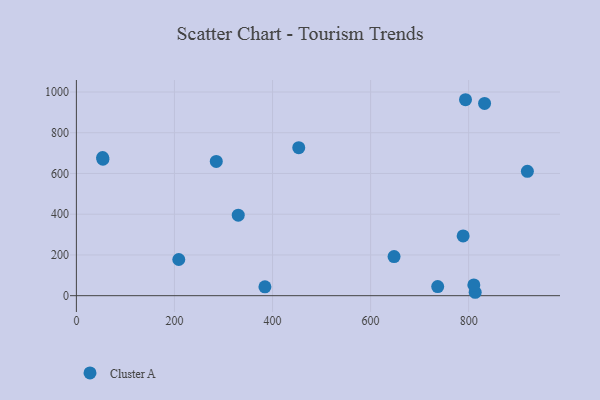
{"axis": {"x": "Speed", "y": "Profit"}, "legend": ["Cluster A"], "data": [{"x": "793.6", "y": 962.1, "type": "Cluster A"}, {"x": "919.8", "y": 610.6, "type": "Cluster A"}, {"x": "832.5", "y": 943.7, "type": "Cluster A"}, {"x": "53.5", "y": 678.4, "type": "Cluster A"}, {"x": "285.3", "y": 659.3, "type": "Cluster A"}, {"x": "384.5", "y": 43.6, "type": "Cluster A"}, {"x": "54.1", "y": 670.0, "type": "Cluster A"}, {"x": "208.8", "y": 177.5, "type": "Cluster A"}, {"x": "453.5", "y": 726.6, "type": "Cluster A"}, {"x": "330.1", "y": 395.4, "type": "Cluster A"}, {"x": "813.4", "y": 16.7, "type": "Cluster A"}, {"x": "736.9", "y": 44.7, "type": "Cluster A"}, {"x": "810.6", "y": 52.8, "type": "Cluster A"}, {"x": "788.8", "y": 293.4, "type": "Cluster A"}, {"x": "647.9", "y": 191.8, "type": "Cluster A"}]}